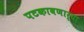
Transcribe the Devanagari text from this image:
पटकावणार्‍या